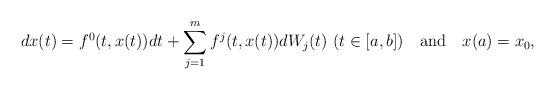
LaTeX: \begin{align*} dx(t)=f^0(t,x(t))dt+\sum\limits_{j=1}^mf^j(t,x(t))dW_j(t) \ (t\in [a,b]) \ \ \ \mbox{and} \ \ \ x(a)=x_0, \end{align*}